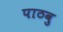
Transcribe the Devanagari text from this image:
पाठवु